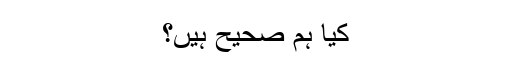
کیا ہم صحیح ہیں؟